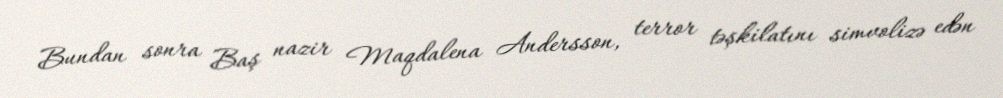
Bundan sonra Baş nazir Maqdalena Andersson, terror təşkilatını simvolizə edən